Leprosy in India: report of the Leprosy Commission in India, 1890-91
Year: 1890
Disease focus: Leprosy
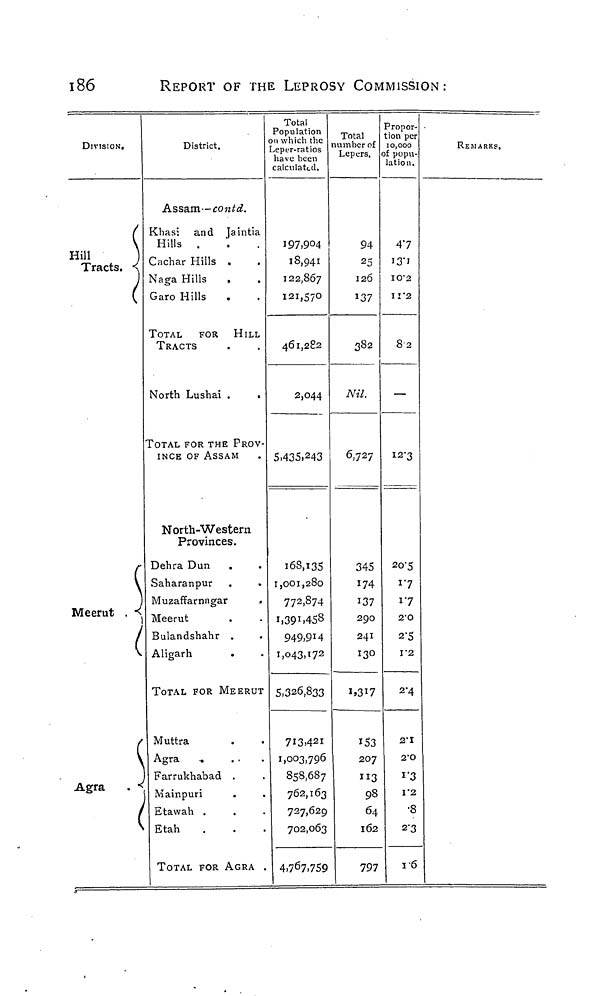
186
REPORT OF THE LEPROSY COMMISSION:
DIVISION,
Hill
Tracts.
(
\
)
Meerut . <
(
(
Agra
(
District.
Assam—contd.
Khasi and Jaintia
Hills .
Cachar Hills .
Naga Hills
Garo Hills
.
TOTAL
FOR
HILL
TRACTS
North Lushai .
.
TOTAL FOR THE PROV-
INCE OF ASSAM
North-Western
Provinces.
Dehra Dun
Saharanpur
Muzaffarnngar
.
Meerut
Bulandshahr .
Aligarh
.
TOTAL FOR MEERUT
Muttra
Agra
,
...
Farrukhabad .
Mainpuri
.
Etawah .
Etah
TOTAL FOR AGRA .
Total
Population
on which thê
epcr-ratios
have been
calculated.
197,904
18,941
122,867
121,570
461,282
2,044
5,435,243
168,135
I,OOI,28o
772,874
i,39 I ,458
949,914
1,043,172
5,326,833
713.421
1,003,796
858,687
762,163
727,629
702,063
4,767,759
Total
number of
Lepers,
94
25
126
137
382
Nil.
6,727
345
174
137
290
241
130
i>3i7
153
207
"3
98
64
162
797
Propor-
tion per
10,000
of popu-
lation.
47
i3'i
IO'2
IV 2
82
—
I2'3
20-5
I'7
17
2 - 0
2-5
V2
2-4
2-1
2"O
1'3
1*2
•8
2-3
16
REMARKS,